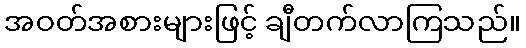
အဝတ်အစားများဖြင့် ချီတက်လာကြသည်။